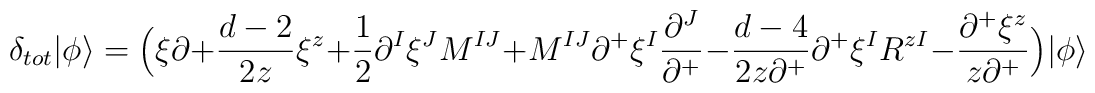
\delta_{tot}|\phi\rangle=\Bigl(\xi\partial+\frac{d-2}{2z}\xi^z+\frac{1}{2}\partial^I\xi^JM^{IJ}+M^{IJ}\partial^+\xi^I\frac{\partial^J}{\partial^+}-\frac{d-4}{2z\partial^+}\partial^+\xi^IR^{zI}-\frac{\partial^+\xi^z}{z\partial^+}\Bigr)|\phi\rangle